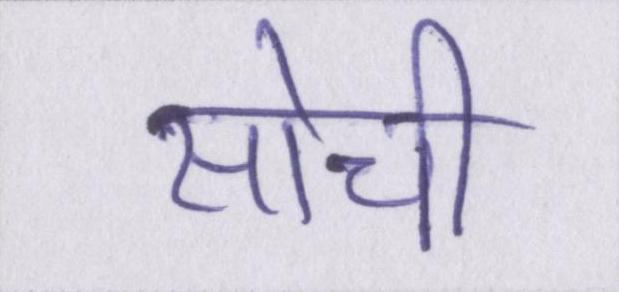
सोची